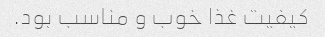
کیفیت غذا خوب و مناسب بود.